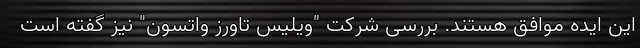
این ایده موافق هستند. بررسی شرکت "ویلیس تاورز واتسون" نیز گفته است